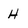
Character: H